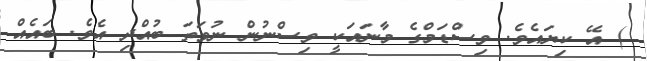
) އޭ ކިޔައެވެ. ވިސްޑަމްގެ މާނައަކީ ވިސްނުން ނުވަތަ ބުއްދި އެވެ. ބައެއް